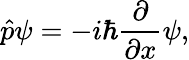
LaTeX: {\hat{p}}\psi=-i\hbar{\frac{\partial}{\partial x}}\psi,